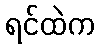
ရင်ထဲက